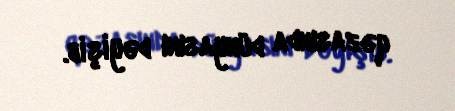
qəzasında dünyasını dəyişib.